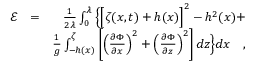
\begin{array} { r l r } { \mathscr { E } } & { = } & { \frac { 1 } { 2 \lambda } \int _ { 0 } ^ { \lambda } \Big \{ \Big [ \zeta ( x , t ) + h ( x ) \Big ] ^ { 2 } - h ^ { 2 } ( x ) + } \\ & { } & { \frac { 1 } { g } \int _ { - h ( x ) } ^ { \zeta } \left[ \left( \frac { \partial \Phi } { \partial x } \right) ^ { 2 } + \left( \frac { \partial \Phi } { \partial z } \right) ^ { 2 } \right] d z \Big \} d x \quad , } \end{array}